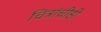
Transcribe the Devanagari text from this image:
चित्रांचीही